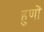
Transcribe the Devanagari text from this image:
हुणों